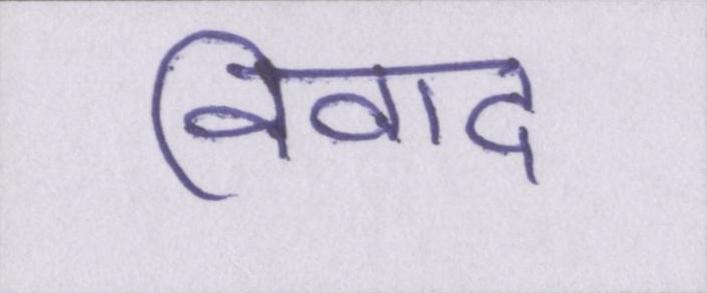
विवाद